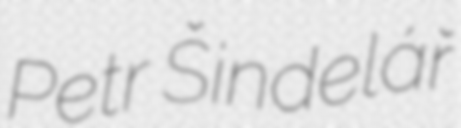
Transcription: Petr Šindelář